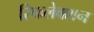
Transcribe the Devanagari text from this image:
रिफलेक्शन